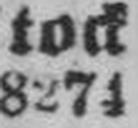
8274